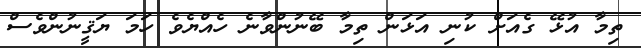
ތިމާ އުޅޭ ގެއަށް ކުނި އަޅަން ތިމާ ބޭނުންވާނެ ހެއްޔެވެ ހަމަ ޔަޤީނުންވެސް